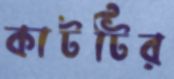
কাটটির